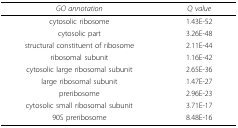
<table><thead><tr><td><b><i>GO annotation</i></b></td><td><b><i>Q value</i></b></td></tr></thead><tbody><tr><td>cytosolic ribosome</td><td>1.43E-52</td></tr><tr><td>cytosolic part</td><td>3.26E-48</td></tr><tr><td>structural constituent of ribosome</td><td>2.11E-44</td></tr><tr><td>ribosomal subunit</td><td>1.16E-42</td></tr><tr><td>cytosolic large ribosomal subunit</td><td>2.65E-36</td></tr><tr><td>large ribosomal subunit</td><td>1.47E-27</td></tr><tr><td>preribosome</td><td>2.96E-23</td></tr><tr><td>cytosolic small ribosomal subunit</td><td>3.71E-17</td></tr><tr><td>90S preribosome</td><td>8.48E-16</td></tr></tbody></table>